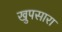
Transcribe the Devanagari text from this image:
खुपसारा